Civil Veterinary Department Bihar reports 1940-50 - 1940-1950
Year: 1940
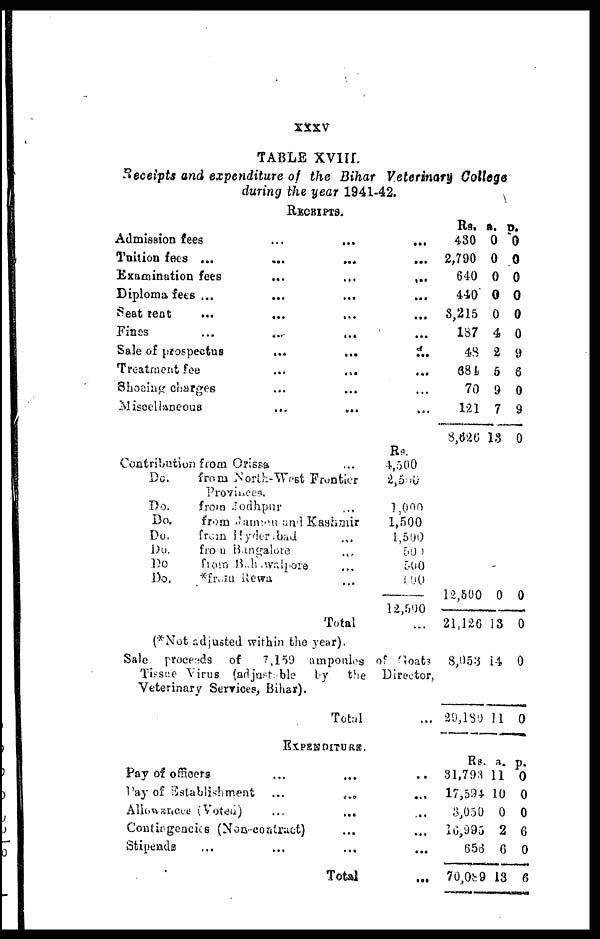
xxxv
TABLE XVIII.
Receipts and expenditure of the Bihar Veterinary College
during the year 1941-42.
RECEIPTS.
Admission fees
Tuition fees ...
Examination fees
Diploma fees ...
Seat rent ...
Fines ...
Sale of prospectus
Treatment fee
Shoeing charges
Miscellaneous
...
...
...
...
...
...
...
...
...
...
...
...
...
...
...
...
...
...
...
...
...
...
...
...
...
...
...
...
...
...
Rs.
430
2,790
640
440
3,215
187
48
634
70
121
8,626
a.
0
0
0
0
0
4
2
5
9
7
13
p.
0
0
0
0
0
0
9
6
0
9
0
Contribution from Orissa.
Do.
Do.
Do.
Do.
Do.
Do
Do.
...
from North-West Frontier
from Jodhpur
...
from Jammu and Kashmir
from Hyderabad
from Bangalore
from B.,h .walpore
*from Rewa
...
...
...
...
Total
Rs.
4,500
2,500
1,000
1,500
1,500
500
500
500
12,500
...
12,500
21,126
0
13
0
0
(*Not adjusted within the year).
Sale proceeds of 7,159 ampoules of Goats
Tissue Virus (adjustable
by the Director,
Veterinary Services, Bihar).
Total
8,053
29,130
14
11
0
0
Pay of officers
Pay of Establishment
Allowancee (Voted)
EXPENDITURE.
...
...
...
Contingencies (Non-contract)
Stipends
...
...
...
...
...
...
Total
..
...
...
...
...
...
Rs.
31,793
17,594
3,050
10,995
656
70,089
a.
11
10
0
2
6
13
p.
0
0
0
6
0
6